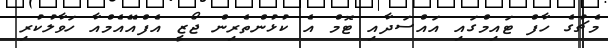
މެޗުގެ ހާފް ޓައިމްގައި އައްސަދާއި ޓޮމް އެ ކުޅުންތެރިން ޖޯޒީ އެފްއޭއެމްއާ ހަވާލުކުރި